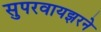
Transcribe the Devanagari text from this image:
सुपरवायझरने